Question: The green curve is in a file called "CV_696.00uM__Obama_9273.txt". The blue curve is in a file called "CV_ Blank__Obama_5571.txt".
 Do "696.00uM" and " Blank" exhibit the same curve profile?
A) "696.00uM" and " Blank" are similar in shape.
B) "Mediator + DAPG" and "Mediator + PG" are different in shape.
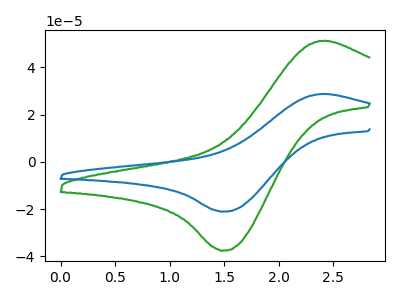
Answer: <think>The green curve "696.00uM" has an anodic peak at (2.40V, 51.25uA) and a cathodic peak at (1.50V, -37.60uA). The blue curve " Blank" has an anodic peak at (2.40V, 28.75uA) and a cathodic peak at (1.50V, -21.05uA).
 All the peaks in "696.00uM" have a peak in " Blank" at the same potential. Every peak in "696.00uM" is higher than every peak in " Blank".</think>
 <answer>A) "696.00uM" and " Blank" are similar in shape.</answer>
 <eval>A</eval>